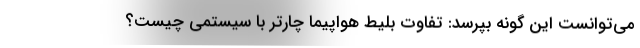
می‌توانست این گونه بپرسد: تفاوت بلیط هواپیما چارتر با سیستمی چیست؟